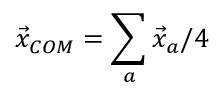
\vec { x } _ { C O M } = \sum _ { a } \vec { x } _ { a } / 4